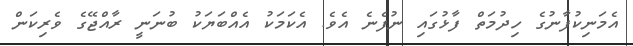
އެމަނިކުފާނުގެ ހިދުމަތް ފާޅުގައި ނުފެނެ އެވެ. އެކަމަކު އެއްބަޔަކު ބުނަނީ ރާއްޖޭގެ ވެރިކަން